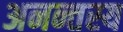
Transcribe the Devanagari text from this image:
अनन्तस्य